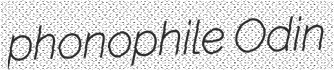
phonophile Odin